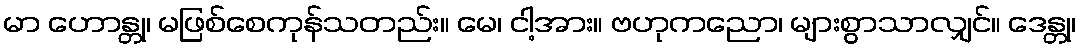
မာ ဟောန္တု၊ မဖြစ်စေကုန်သတည်း။ မေ၊ ငါ့အား။ ဗဟုကညော၊ များစွာသာလျှင်။ ဒေန္တု၊